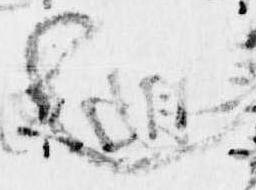
也